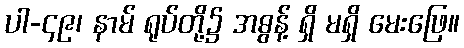
ပါ-၄၉၊ နာမ် ရုပ်တို့၌ အဓွန့် ရှိ မရှိ မေးဖြေ။